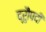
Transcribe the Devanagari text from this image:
द्रुौपदी